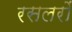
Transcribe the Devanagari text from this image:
रसलरों